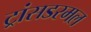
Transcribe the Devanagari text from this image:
ट्रांसडरमल